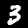
Digit: 3